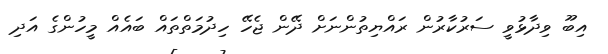
އިބޫ ވިދާޅުވީ ސަރުކާރުން ރައްޔިތުންނަށް ދޭން ޖެހޭ ހިދުމަތްތައް ބައެއް މީހުންގެ އަދި